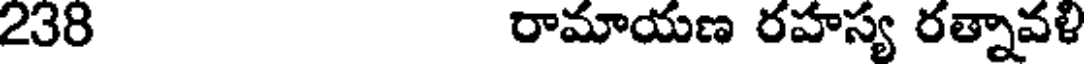
238 రామాయణ రహస్య రత్నావళి